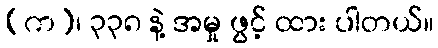
(က)၊ ၃၃၈ နဲ့ အမှု ဖွင့် ထား ပါတယ်။